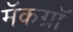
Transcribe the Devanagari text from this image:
मॅकग्रॉ